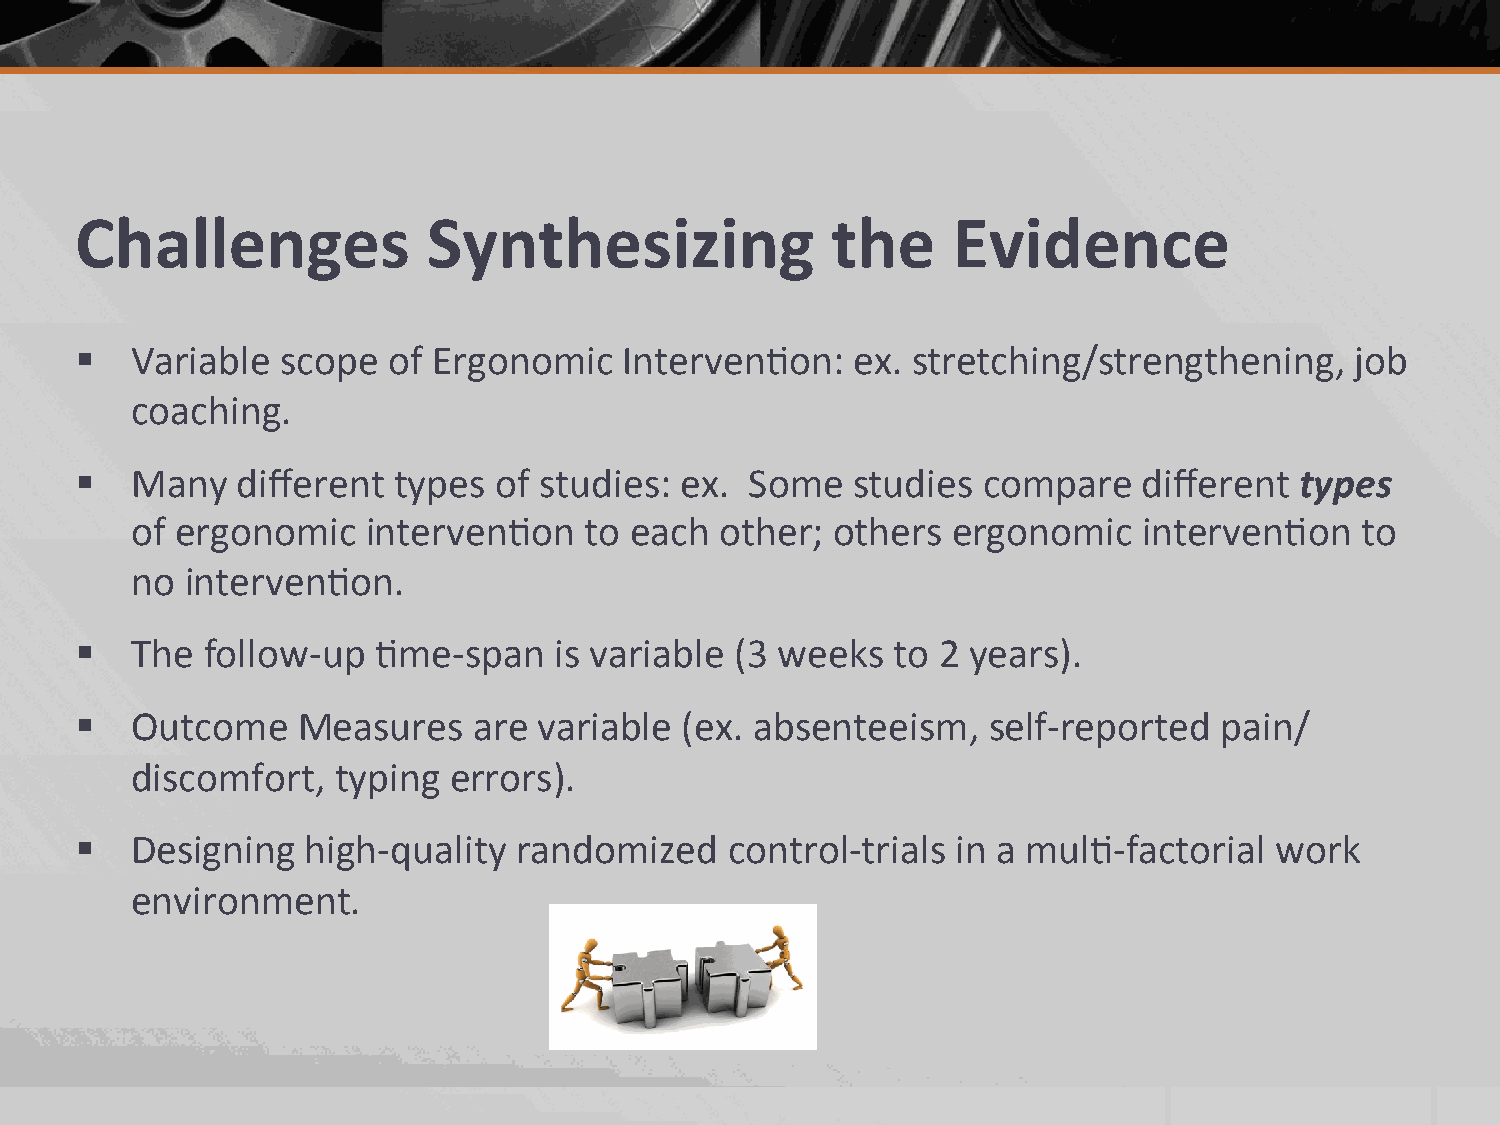
Challenges             Synthesizing               the     Evidence
 §  Variable  scope  of Ergonomic   Interven2on:   ex. stretching/strengthening,     job
 coaching.
 §  Many   different types  of studies: ex.  Some  studies  compare    different types
 of ergonomic   interven2on    to each  other; others  ergonomic    interven2on   to
 no interven2on.
 §  The follow-­‐up 2me-­‐span  is variable (3 weeks  to 2 years).
 §  Outcome    Measures   are  variable (ex. absenteeism,   self-­‐reported pain/
 discomfort,  typing  errors).
 §  Designing  high-­‐quality randomized   control-­‐trials in a mul2-­‐factorial work
 environment.